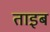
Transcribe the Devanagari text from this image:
ताइब